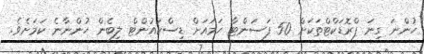
ހުންނަ ގިނަ ޕްރޮޑަކްޓްތަކަށް 50 ޕަސަންޓާ ހަމައަށް ޑިސްކައުންޓް ލިބެން ހުންނާނެ ކަމަށެވެ.